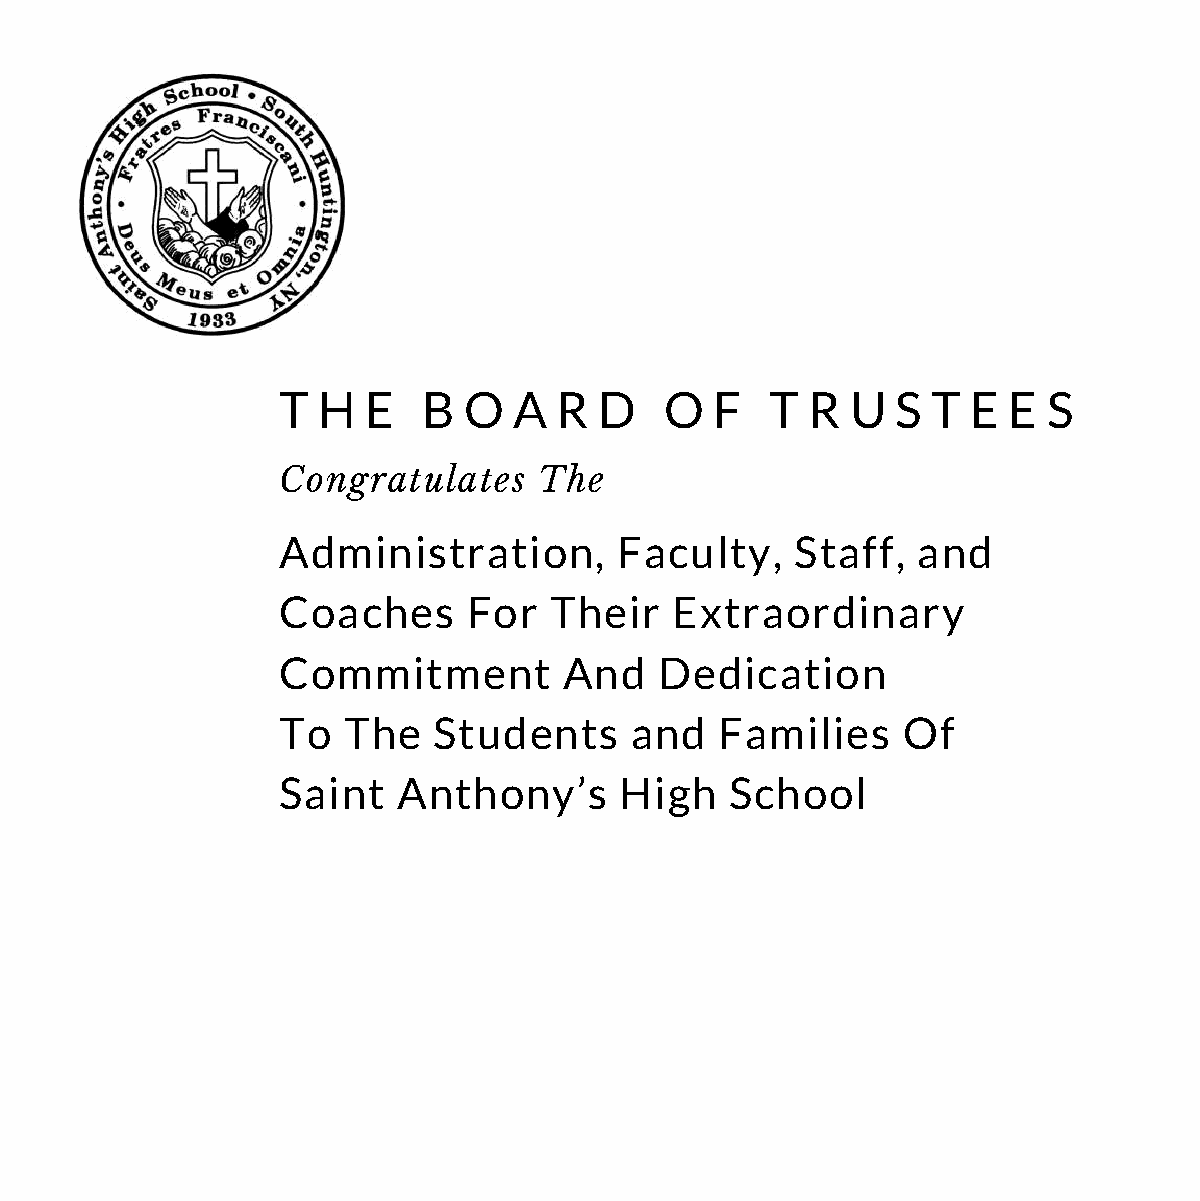
T  H  E   B  O  A  R  D   O  F   T  R U  S  T E  E S
 Congratulates     The
 Administration,        Faculty,    Staff,  and
 Coaches      For  Their    Extraordinary
 Commitment         And    Dedication
 To   The   Students     and   Families    Of
 Saint   Anthony’s      High   School